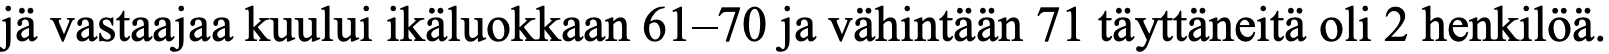
jä vastaajaa kuului ikäluokkaan 61–70 ja vähintään 71 täyttäneitä oli 2 henkilöä.